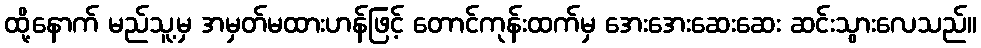
ထို့နောက် မည်သူ့မှ အမှတ်မထားဟန်ဖြင့် တောင်ကုန်းထက်မှ အေးအေးဆေးဆေး ဆင်းသွားလေသည်။